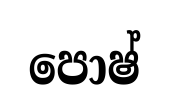
පොෂ්